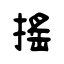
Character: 摇